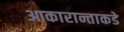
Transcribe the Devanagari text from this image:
आकारान्ताकडे